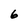
Character: 6